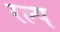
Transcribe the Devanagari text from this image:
रल्प